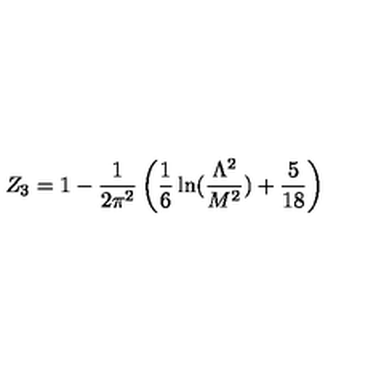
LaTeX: Z _ { 3 } = 1 - \frac { 1 } { 2 \pi ^ { 2 } } \left( \frac { 1 } { 6 } \ln ( \frac { \Lambda ^ { 2 } } { M ^ { 2 } } ) + \frac { 5 } { 1 8 } \right)